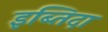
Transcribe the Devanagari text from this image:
इब्तिदा